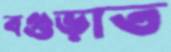
বগুড়াত